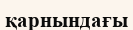
қарнындағы